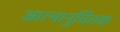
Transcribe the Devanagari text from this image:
आत्मानुचिंतक